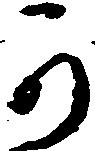
可